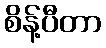
စိန့်ပီတာ